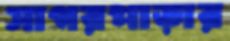
সাগরপাড়ার